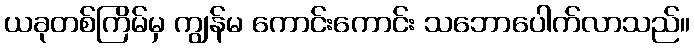
ယခုတစ်ကြိမ်မှ ကျွန်မ ကောင်းကောင်း သဘောပေါက်လာသည်။